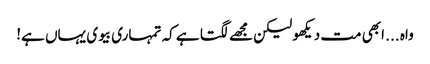
واہ ... ابھی مت دیکھو لیکن مجھے لگتا ہے کہ تمہاری بیوی یہاں ہے!